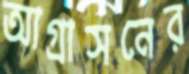
আগ্রাসনের